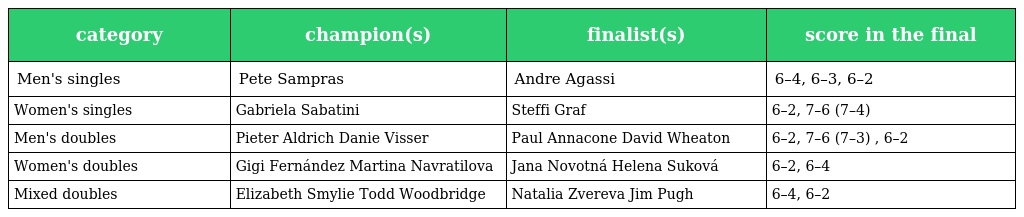
| category | champion(s) | finalist(s) | score in the final |
 | --- | --- | --- | --- |
 | Men's singles | Pete Sampras | Andre Agassi | 6–4, 6–3, 6–2 |
 | Women's singles | Gabriela Sabatini | Steffi Graf | 6–2, 7–6 (7–4) |
 | Men's doubles | Pieter Aldrich Danie Visser | Paul Annacone David Wheaton | 6–2, 7–6 (7–3) , 6–2 |
 | Women's doubles | Gigi Fernández Martina Navratilova | Jana Novotná Helena Suková | 6–2, 6–4 |
 | Mixed doubles | Elizabeth Smylie Todd Woodbridge | Natalia Zvereva Jim Pugh | 6–4, 6–2 |